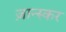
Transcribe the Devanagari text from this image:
ज़ान्स्कर